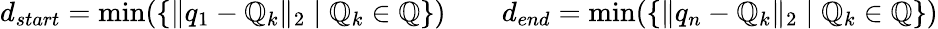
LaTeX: {d}_{start}=\operatorname*{min}(\left\{ \| q_{1}-\mathbb{Q}_{k}\| _{2}\mid\mathbb{Q}_{k}\in\mathcal{{\mathbb{Q}}}\right\} )\qquad{d}_{end}=\operatorname*{min}(\left\{ \| q_{n}-\mathbb{Q}_{k}\| _{2}\mid\mathbb{Q}_{k}\in\mathcal{{\mathbb{Q}}}\right\} )